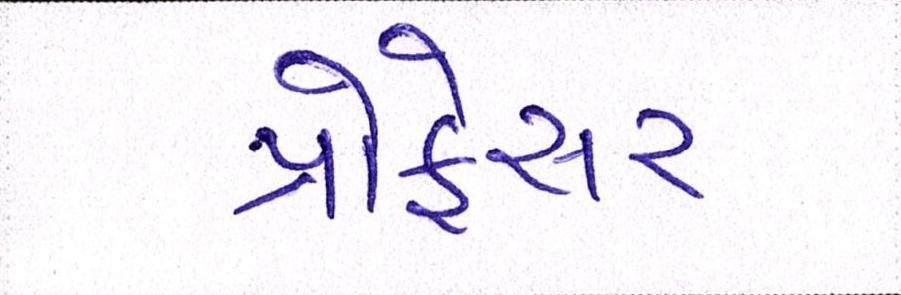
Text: પ્રોફેસર